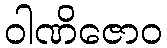
ဝါဏိဇောဝ